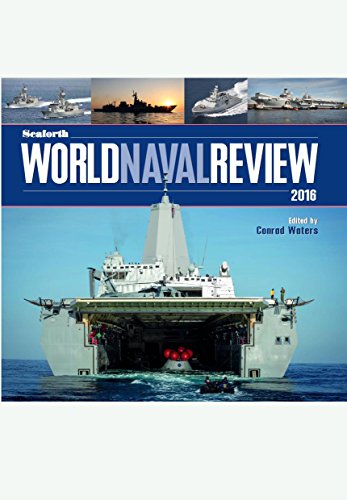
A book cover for Seaforth World Naval Review  2016; History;